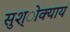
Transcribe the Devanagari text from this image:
सुश्ोक्याय